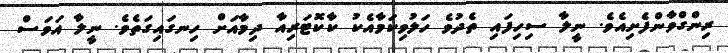
ރިންގްވާންފެށިއެވެ. ނީލާ ސިހިފައި ތެދުވެ ހަލުވިކަމާއެކު ކާކޮޓަރިއާ ދިމާއަށް ހިނގައިގަތެވެ. ނީލާ އަވަސް